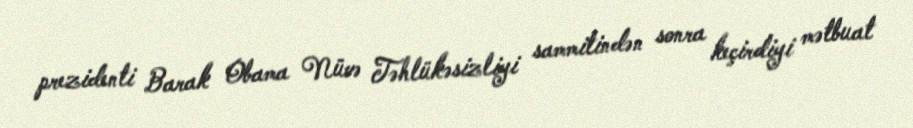
prezidenti Barak Obama Nüvə Təhlükəsizliyi sammitindən sonra keçirdiyi mətbuat